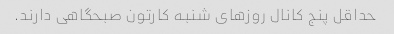
حداقل پنج کانال روزهای شنبه کارتون صبحگاهی دارند.